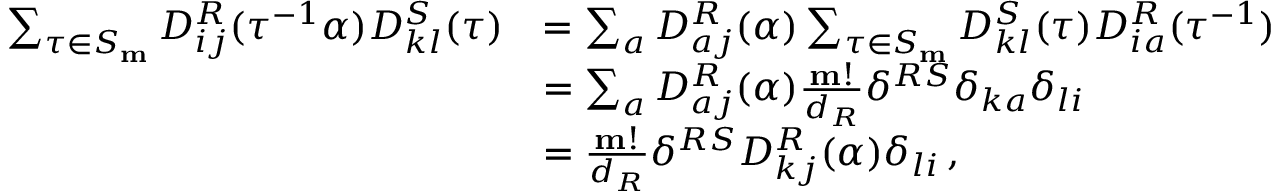
\begin{array} { r l } { \sum _ { \tau \in S _ { \mathbf { m } } } D _ { i j } ^ { R } ( \tau ^ { - 1 } \alpha ) D _ { k l } ^ { S } ( \tau ) } & { = \sum _ { a } D _ { a j } ^ { R } ( \alpha ) \sum _ { \tau \in S _ { \mathbf { m } } } D _ { k l } ^ { S } ( \tau ) D _ { i a } ^ { R } ( \tau ^ { - 1 } ) } \\ & { = \sum _ { a } D _ { a j } ^ { R } ( \alpha ) \frac { \mathbf { m } ! } { d _ { R } } \delta ^ { R S } \delta _ { k a } \delta _ { l i } } \\ & { = \frac { \mathbf { m } ! } { d _ { R } } \delta ^ { R S } D _ { k j } ^ { R } ( \alpha ) \delta _ { l i } \, , } \end{array}